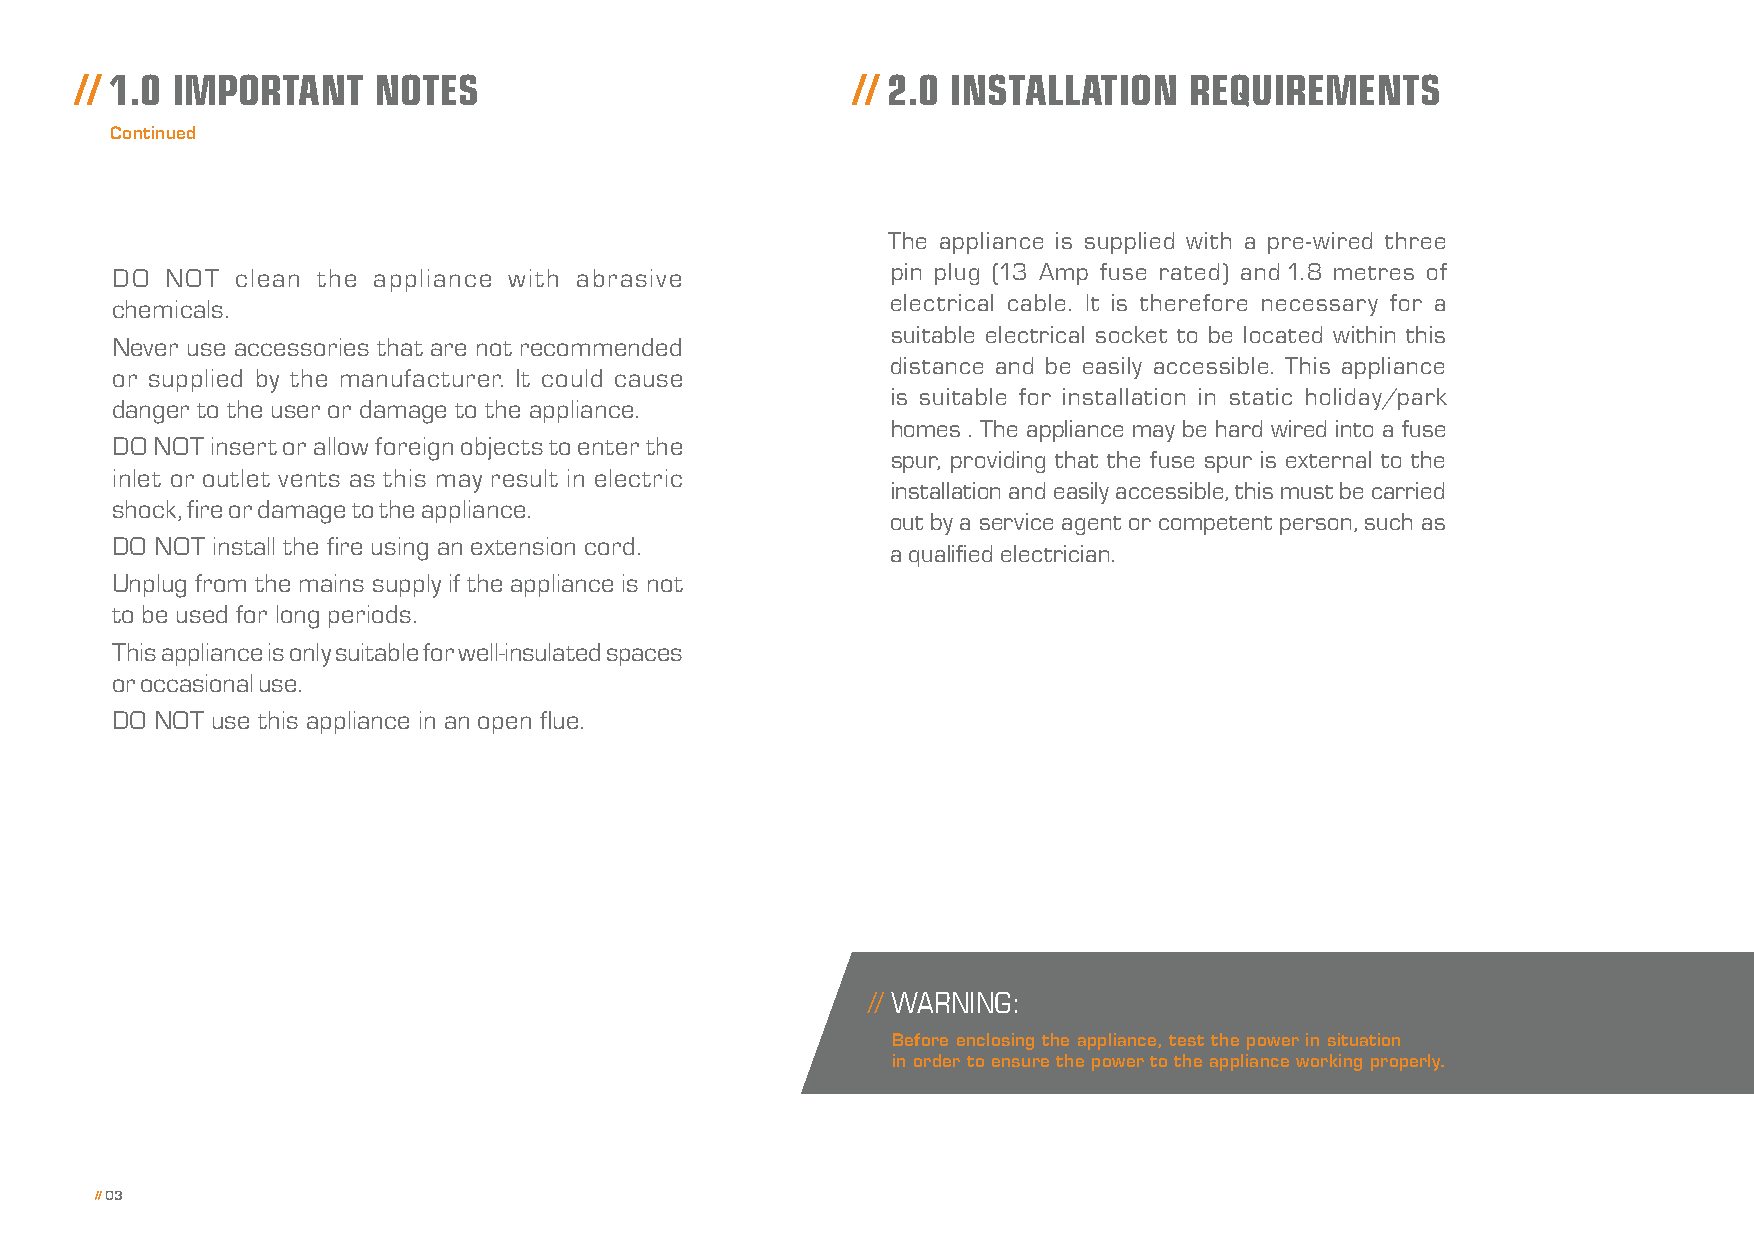
// 1.0 IMPORTANT    NOTES                           // 2.0 INSTALLATION   REQUIREMENTS
 Continued
 The appliance is supplied with a pre-wired three
 DO  NOT  clean the appliance with abrasive          pin plug (13 Amp fuse rated) and 1.8 metres of
 chemicals.                                          electrical cable. It is therefore necessary for a
 suitable electrical socket to be located within this
 Never use accessories that are not recommended
 distance and be easily accessible. This appliance
 or supplied by the manufacturer. It could cause
 is suitable for installation in static holiday/park
 danger to the user or damage to the appliance.
 homes . The appliance may be hard wired into a fuse
 DO NOT insert or allow foreign objects to enter the
 spur, providing that the fuse spur is external to the
 inlet or outlet vents as this may result in electric
 installation and easily accessible, this must be carried
 shock, fire or damage to the appliance.
 out by a service agent or competent person, such as
 DO NOT install the fire using an extension cord.
 a qualified electrician.
 Unplug from the mains supply if the appliance is not
 to be used for long periods.
 This appliance is only suitable for well-insulated spaces
 or occasional use.
 DO NOT use this appliance in an open flue.
 // WARNING:
 Before enclosing the appliance, test the power in situation
 in order to ensure the power to the appliance working properly.
 // 03